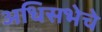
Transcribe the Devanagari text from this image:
अधिसभेचे